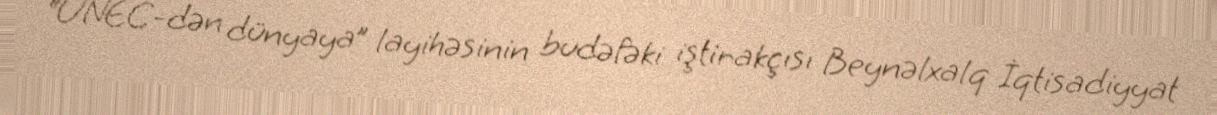
“UNEC-dən dünyaya” layihəsinin budəfəki iştirakçısı Beynəlxalq İqtisadiyyat